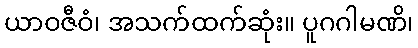
ယာဝဇီဝံ၊ အသက်ထက်ဆုံး။ ပူဂဂါမဏိ၊